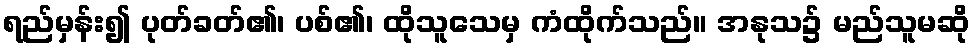
ရည်မှန်း၍ ပုတ်ခတ်၏၊ ပစ်၏၊ ထိုသူသေမှ ကံထိုက်သည်။ အနုသ၌ မည်သူမဆို